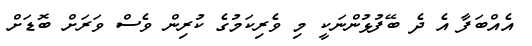
އެއްބަފާ އެ ދެ ބޭފުޅުންނަކީ މި ވެރިކަމުގެ ކުރިން ވެސް ވަރަށް ބޮޑަށް